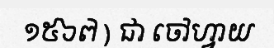
១៥៦៧ ) ជា ចៅហ្វាយ